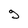
Character: g